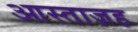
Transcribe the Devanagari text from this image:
आस्ताज़ह